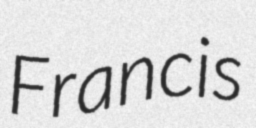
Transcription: Francis